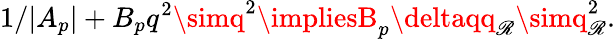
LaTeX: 1/|A_{p}|+B_{p}q^{2}\simq^{2}\impliesB_{p}\deltaqq_{\mathscr{R}}\simq_{\mathscr{R}}^{2}.